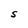
Character: S